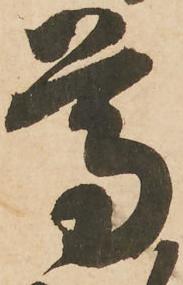
尊